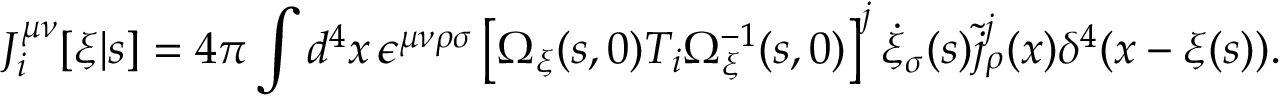
{ \cal J } _ { i } ^ { \mu \nu } [ \xi | s ] = 4 \pi \int d ^ { 4 } x \, \epsilon ^ { \mu \nu \rho \sigma } \left[ \Omega _ { \xi } ( s , 0 ) T _ { i } \Omega _ { \xi } ^ { - 1 } ( s , 0 ) \right] ^ { j } \dot { \xi } _ { \sigma } ( s ) \widetilde { j } _ { \rho } ^ { j } ( x ) \delta ^ { 4 } ( x - \xi ( s ) ) .